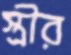
স্ত্রীর